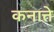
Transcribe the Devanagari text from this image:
कनात्ते